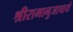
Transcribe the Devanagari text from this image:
श्रीरामानुजाचार्य